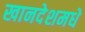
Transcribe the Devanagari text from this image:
खानदेशमधे